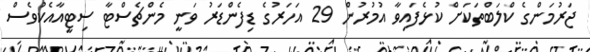
ޖަރުމަންގެ ކްލަބްތަކަށް ކުޅެފައިވާ އުމުރުން 29 އަހަރުގެ ޑިފެންޑަރު ވަނީ މެންޗެސްޓާ ސިޓީއާއެކުވެސް